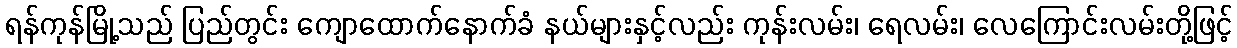
ရန်ကုန်မြို့သည် ပြည်တွင်း ကျောထောက်နောက်ခံ နယ်များနှင့်လည်း ကုန်းလမ်း၊ ရေလမ်း၊ လေကြောင်းလမ်းတို့ဖြင့်